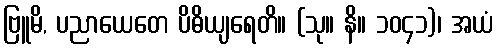
ဗြူမိ, ပညာယေတေ ပိဓိယျရေတိ။ (သု။ နိ။ ၁၀၄၁)၊ အယံ